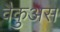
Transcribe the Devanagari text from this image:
वैकुअस